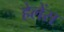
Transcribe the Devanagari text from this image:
हेलेंस